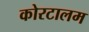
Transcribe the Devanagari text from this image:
कोरटालम